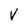
Character: V